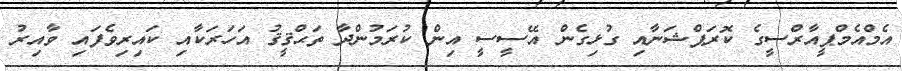
އެމްއެމްޕީއާރްސީގެ ކޮރަޕްޝަނާއި ގުޅިގެން އޭސީސީ އިން ކުރަމުންދާ ތަޙްޤީޤު އަހަރަކާއި ކައިރިވެފައި ވާއިރު